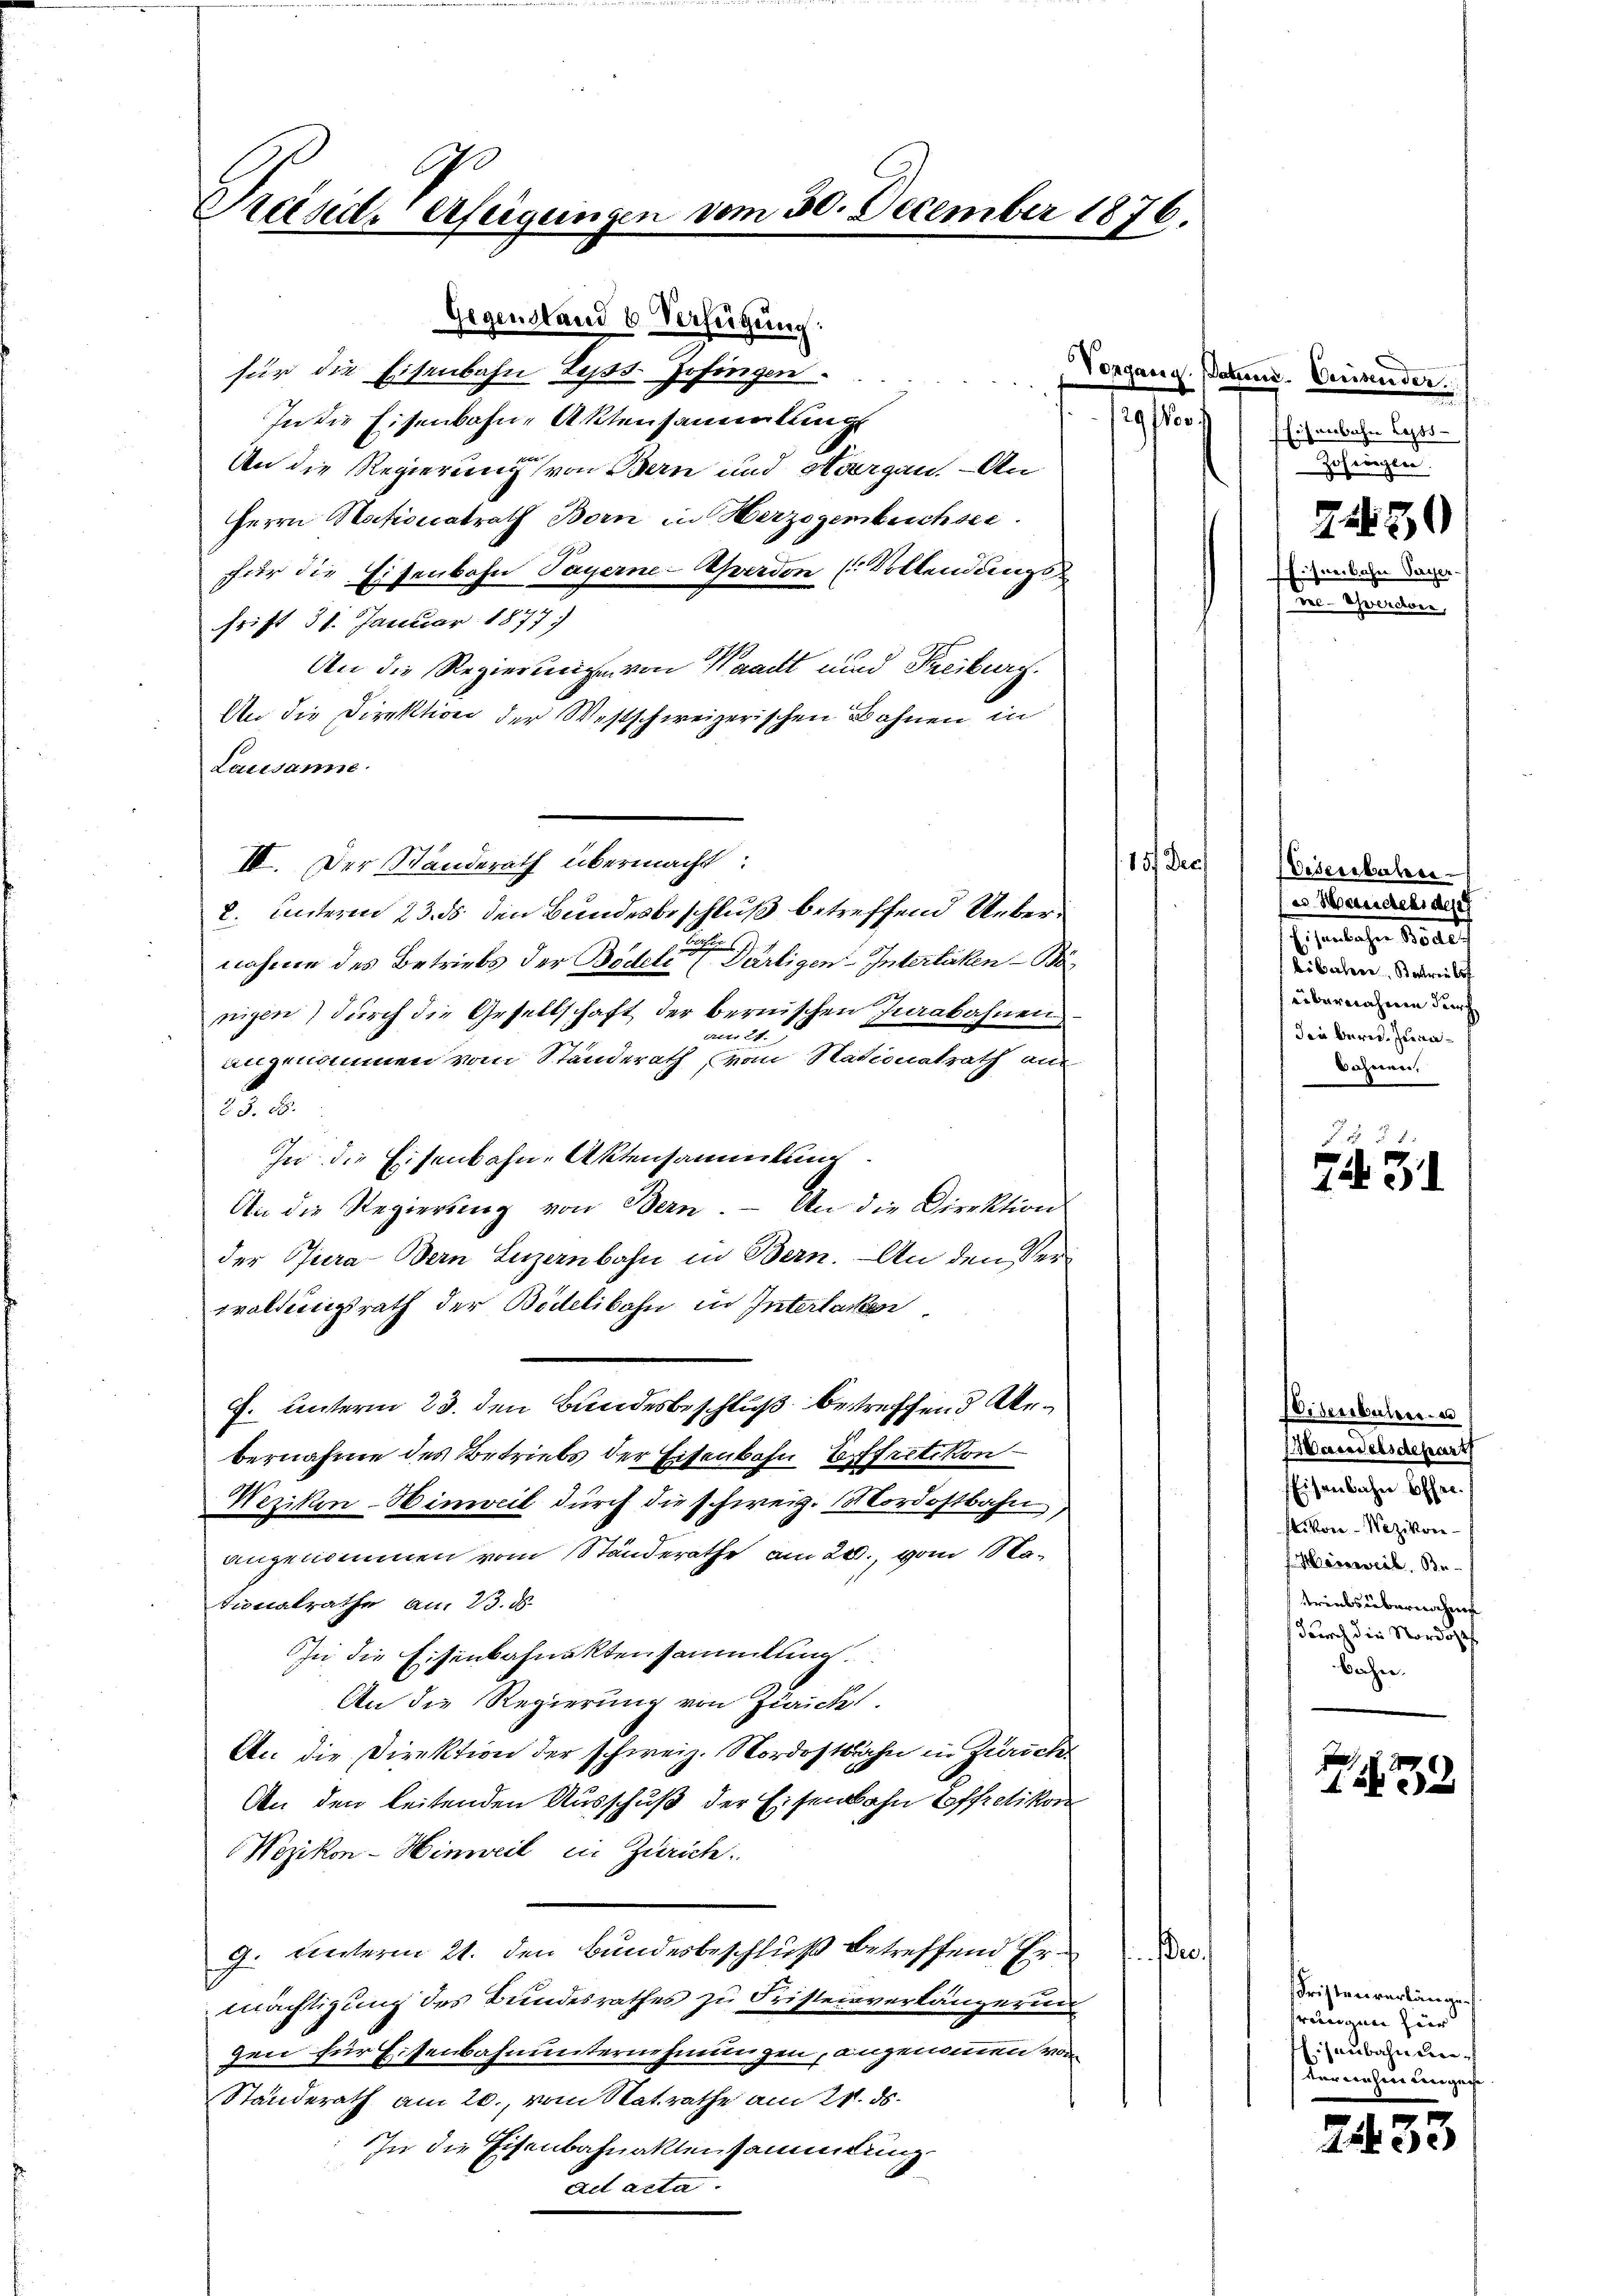
Sche
Präsiderfeigungen vom 30. December 1876.

Gegensland 4 Verfügung:
für die Eisenbahn Leyss-Hofingen.
gors
In die Eisenbahn-Aktensammlung
An die Regierung von Bern und Margau. An
Herrn Nationalrath Born in Herzogenbuchsee.
für die Eisenbahn Payerne-Ahverdon (Volkendings
Frist 31. Januar 1877
An die Regierungen von Waadt und Freiburg.
An die Direktion der Westschweizerischen Bahnen in
Lausanne
151. Dec
IV. Der Standerath übermacht:
2. unterm 23. ds den Bundesbeschluß betreffend Uebernahme des Betriebs der Bödel der Pärtigen Interlichen Bänigen) durch die Gesellschaft der bernischen Jarabahnen
Aitr 27.
angenommen vom Standerath, vom Nationalrath am
23. 18.
In die Eisenbahn-Aktensammlung
An die Regierŭng von Bern. An die Direktion
der Puera-Bern Luzernbahn in Bern. An den Verwaldungsrath der Bödelibahn in Interlacken
J. unterm 23. den Bundesbeschluß betreffend Arbernahme des Betriebs der Eisenbahn Effretikon
Wezikon-Hinweil durch die schweiz. Nordostbahn,
angenommen vom Ständerathe am 20. vom 18 Sationalrathe am 23. d.
In die Eisenbahnaktensammlung.
An die Regierung von Zurücke.
An die Direktion der schweiz. Nordostbahn in Zürich
An den leitenden Ausschuß der Eisenbahn offretikon
Wezikon-Hinweil in Zürich.
g. unterm 21. den Bundesbeschluß betreffend Ere
mächtigung des Bundesrathes zu Fristeinverlängerun
Ien für Eisenbahnunternehmungen, angenommen von
Standerath am 20., vom Natrathe am 21. ds.
In die Eisenbahnaktensammlung
ad acta

Vorgang. Satzen-Versender
Eisenbahn Cass
Zohwiegen.
24430
Eisnebahn Payer.
dee-Schwerden,

Eisenbahre
e Handelt des
bsentliche 1850
bibalere Betrieli
übernahmen durch
den Berede Jura¬
Sahnen,

753
74. 31

Eisenbalen u
Worces alsdepart
Eisenbahn Offer.
von-Nazikon-
Harsweil. Be-
ttrinks übernahme
durch die Nordostf
Bacher.

)
1532

ristenverlänge
prungen für
Eisenbahndien
terrechen eingese

2433